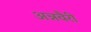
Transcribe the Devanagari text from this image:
अन्नवैरी